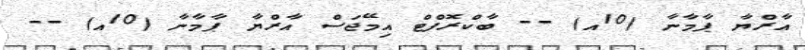
އާރްޔާ ޕާމާނާ (10އ) -- ބާކްރޮފްޓް އިމޭޖަސް އާރްޔާ ޕާމާނާ (10އ) --